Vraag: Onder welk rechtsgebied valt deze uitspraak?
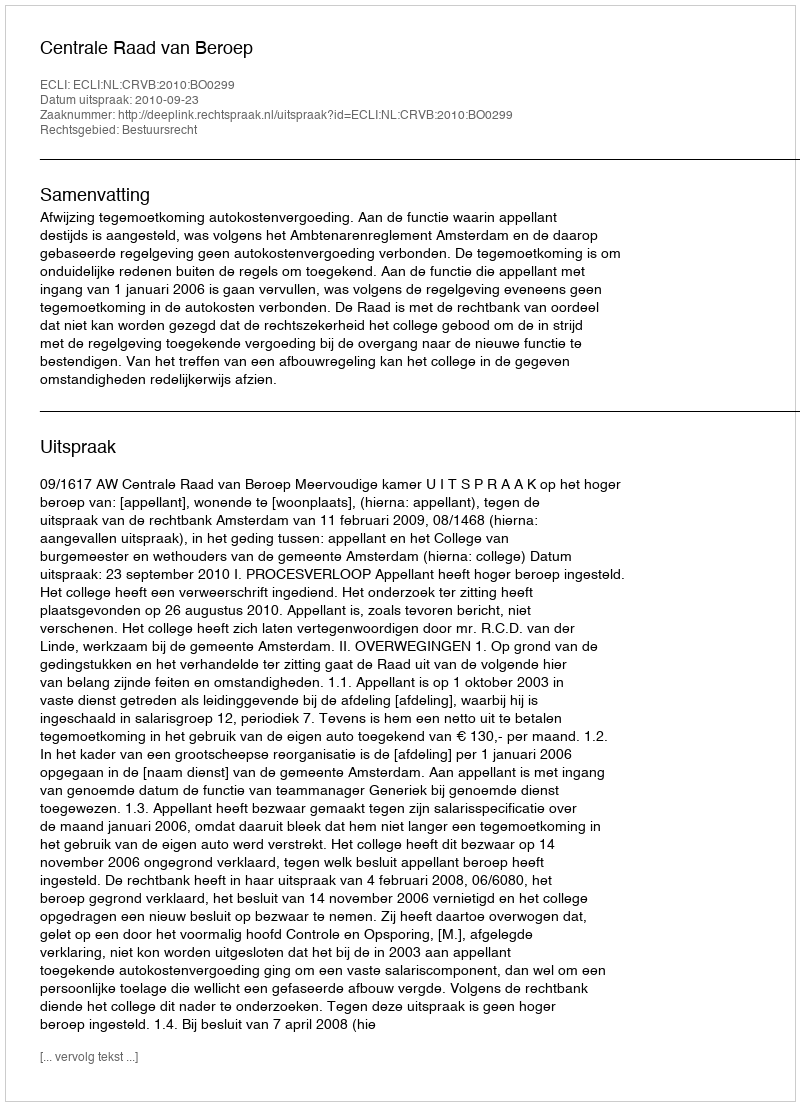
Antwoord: Bestuursrecht